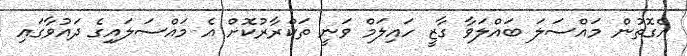
އެގޮތުން މައްސަލަ ބައްލަވާ ގާޒީ ހައިލަމް ވަނީ ތަކްރާރުކޮށް އެ މައްސަލައިގެ ދައުވާގައި